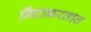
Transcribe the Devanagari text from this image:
निंदाकरतात